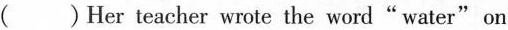
( )Her teacher wrote the word"water" on